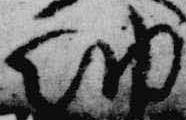
納